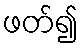
ဖတ်၍